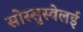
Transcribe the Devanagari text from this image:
सोस्सुस्वेलई